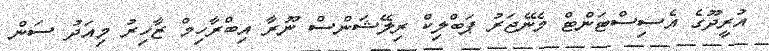
އުރީދޫގެ އެސިސްޓަންޓް މެނޭޖަރު ޕަބްލިކް ރިލޭޝަންސް ނޫރާ އިބްރާހިމް ޒާހިރު މިއަދު ސަން